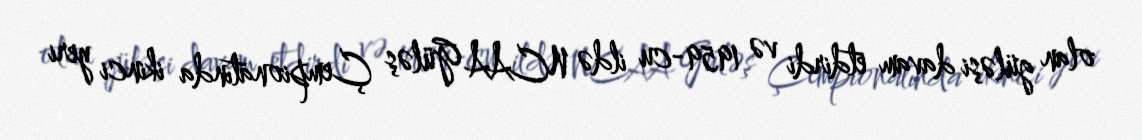
olan güləşi davam etdirdi və 1959-cu ildə NCAA Güləş Çempionatında ikinci yeri